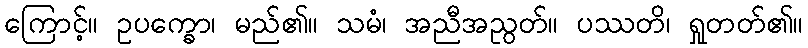
ကြောင့်။ ဥပက္ခော၊ မည်၏။ သမံ၊ အညီအညွတ်။ ပဿတိ၊ ရှုတတ်၏။